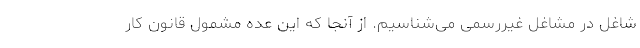
شاغل در مشاغل غیررسمی می‌شناسیم. از آنجا که این عده مشمول قانون کار